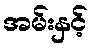
အမ်းနှင့်